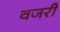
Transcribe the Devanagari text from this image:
वजरी